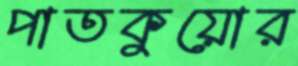
পাতকুয়োর